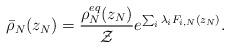
LaTeX: \begin{align*}\bar{\rho}_N(z_N) = \frac{\rho_N^{eq}(z_N)} {\mathcal{Z}} e^{\sum_i \lambda_i F_{i,N}(z_N)}.\end{align*}